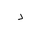
Letter: _dal